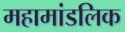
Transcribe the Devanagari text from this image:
महामांडलिक